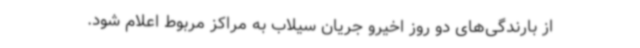
از بارندگی‌های دو روز اخیرو جریان سیلاب به مراکز مربوط اعلام شود.